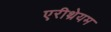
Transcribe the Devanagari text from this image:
एरीथ्रेयम